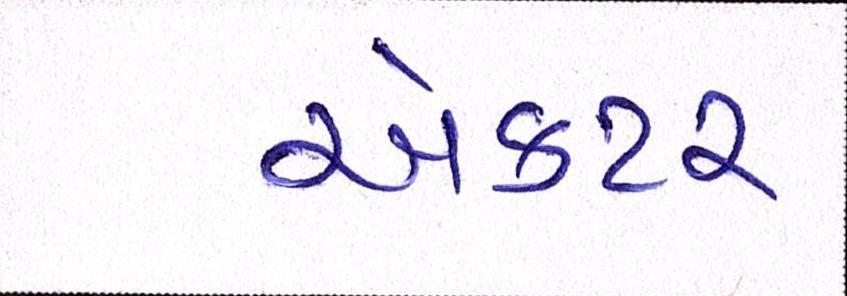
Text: ઍક્ટર